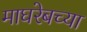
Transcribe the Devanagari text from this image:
माघरेबच्या